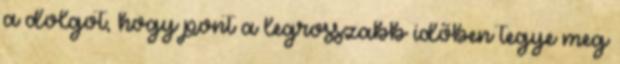
a dolgot, hogy pont a legrosszabb időben tegye meg